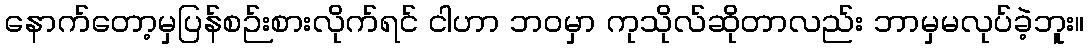
နောက်တော့မှပြန်စဉ်းစားလိုက်ရင် ငါဟာ ဘဝမှာ ကုသိုလ်ဆိုတာလည်း ဘာမှမလုပ်ခဲ့ဘူး။